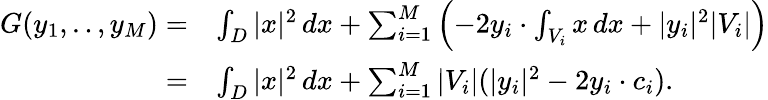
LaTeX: \begin{array}{rl}{G(y_{1},..,y_{M})=}&{\int_{D}|x|^{2}\, dx+\sum_{i=1}^{M}\left(-2y_{i}\cdot\int_{V_{i}}x\, dx+|y_{i}|^{2}|V_{i}|\right)}\\ {=}&{\int_{D}|x|^{2}\, dx+\sum_{i=1}^{M}|V_{i}|(|y_{i}|^{2}-2y_{i}\cdot c_{i}).}\end{array}